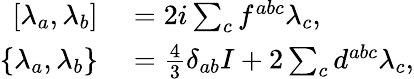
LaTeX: \begin{array}{rl}{\left[\lambda_{a},\lambda_{b}\right]}&{{}=2i\sum_{c}f^{abc}\lambda_{c},}\\ {\{ \lambda_{a},\lambda_{b}\} }&{{}={\frac{4}{3}}\delta_{ab}I+2\sum_{c}d^{abc}\lambda_{c},}\end{array}